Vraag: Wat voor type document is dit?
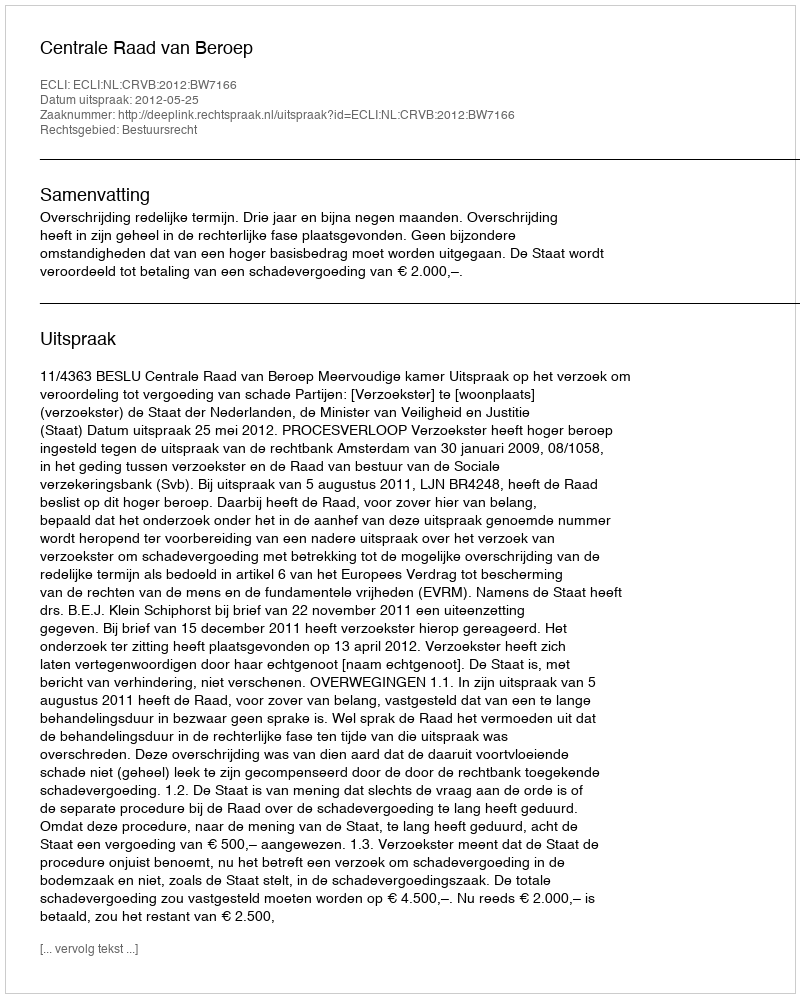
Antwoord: Uitspraak